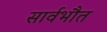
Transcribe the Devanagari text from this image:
सार्वभौत